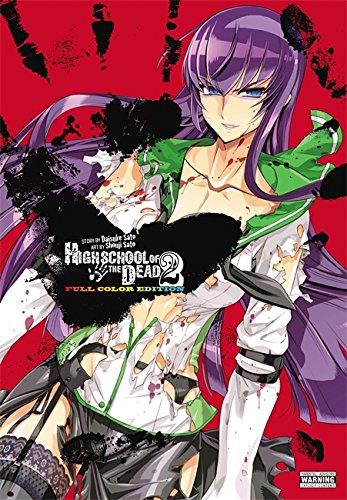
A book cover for Highschool of the Dead Color Omnibus, Vol. 2; Daisuke Sato; Comics & Graphic Novels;